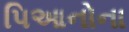
પિઆનોના